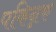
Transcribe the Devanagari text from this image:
पकिन्नक